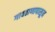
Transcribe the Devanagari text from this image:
गावठाणापासून